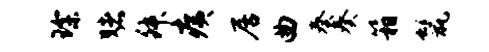
琛赌舛痍居曲奏奏箱鬣